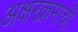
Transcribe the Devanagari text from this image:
अक्षरक्रमाची